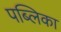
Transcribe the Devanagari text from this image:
पब्लिका